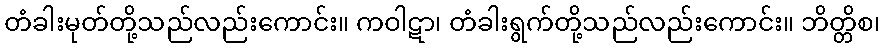
တံခါးမုတ်တို့သည်လည်းကောင်း။ ကဝါဋာ၊ တံခါးရွက်တို့သည်လည်းကောင်း။ ဘိတ္တိစ၊